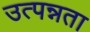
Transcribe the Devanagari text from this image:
उत्पन्नता